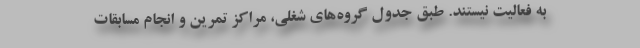
به فعالیت نیستند. طبق جدول گروه‌های شغلی، مراکز تمرین و انجام مسابقات